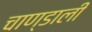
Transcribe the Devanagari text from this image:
चाण्डाली